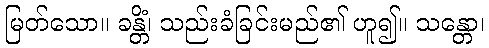
မြတ်သော။ ခန္တိံ၊ သည်းခံခြင်းမည်၏ ဟူ၍။ သန္တော၊